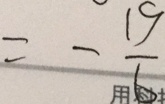
= - \frac { 1 9 } { 6 }